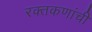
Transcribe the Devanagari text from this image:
रक्तकणांची